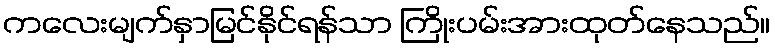
ကလေးမျက်နှာမြင်နိုင်ရန်သာ ကြိုးပမ်းအားထုတ်နေသည်။